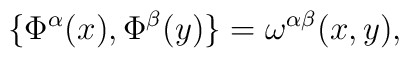
\{\Phi^\alpha(x), \Phi^\beta(y)\}= \omega^{\alpha\beta}(x,y),